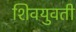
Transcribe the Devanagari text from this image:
शिवयुवती